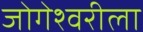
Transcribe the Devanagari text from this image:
जोगेश्वरीला